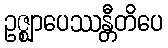
ဥဇ္ဈာပေဿန္တီတိပေ